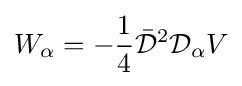
W_{\alpha }=-{\frac {1}{4}}{\bar {\mathcal {D}}}^{2}{\mathcal {D}}_{\alpha }V